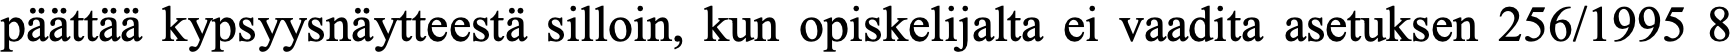
päättää kypsyysnäytteestä silloin, kun opiskelijalta ei vaadita asetuksen 256/1995 8